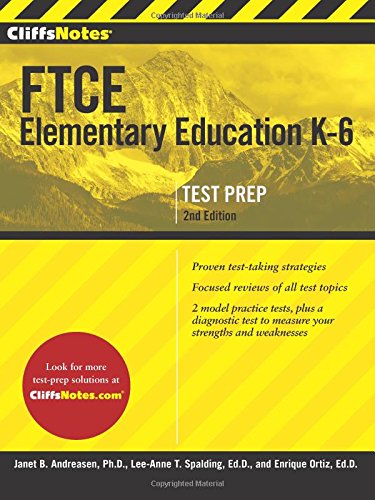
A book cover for CliffsNotes FTCE Elementary Education K-6, Second Edition; Enrique Ortiz Ed.D.; Test Preparation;